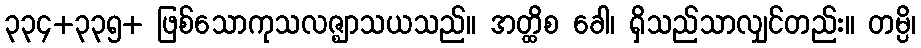
၃၃၄+၃၃၅+ ဖြစ်သောကုသလဇ္ဈာသယသည်။ အတ္ထိစ ခေါ၊ ရှိသည်သာလျှင်တည်း။ တမ္ပိ၊